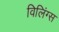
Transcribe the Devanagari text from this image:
विलिंग्स